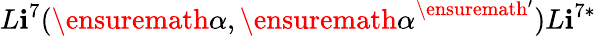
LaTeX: L\mathbf{i}^{7}(\ensuremath{{\alpha}},{\ensuremath{{\alpha}}}^{\ensuremath{{'}}}){{L\mathbf{i}}}^{7*}